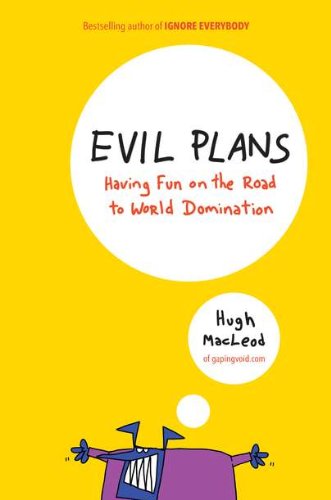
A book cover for Evil Plans: Having Fun on the Road to World Domination; Hugh MacLeod; Humor & Entertainment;